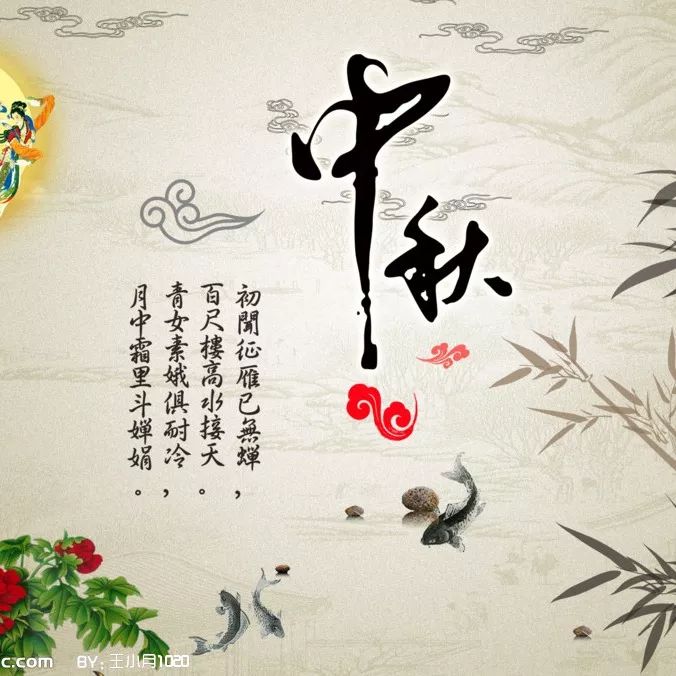
天上若无修月户，桂枝撑损向西轮。